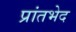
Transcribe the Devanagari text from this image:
प्रांतभेद